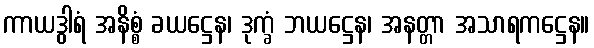
ကာယဒွါရံ အနိစ္စံ ခယဋ္ဌေန၊ ဒုက္ခံ ဘယဋ္ဌေန၊ အနတ္တာ အသာရကဋ္ဌေန။